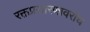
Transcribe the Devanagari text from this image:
रक्तप्रसारणावरोध